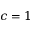
c = 1